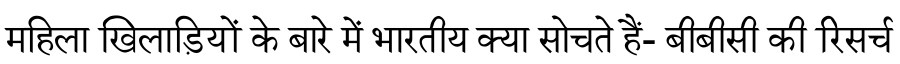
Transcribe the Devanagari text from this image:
महिला खिलाड़ियों के बारे में भारतीय क्या सोचते हैं- बीबीसी की रिसर्च